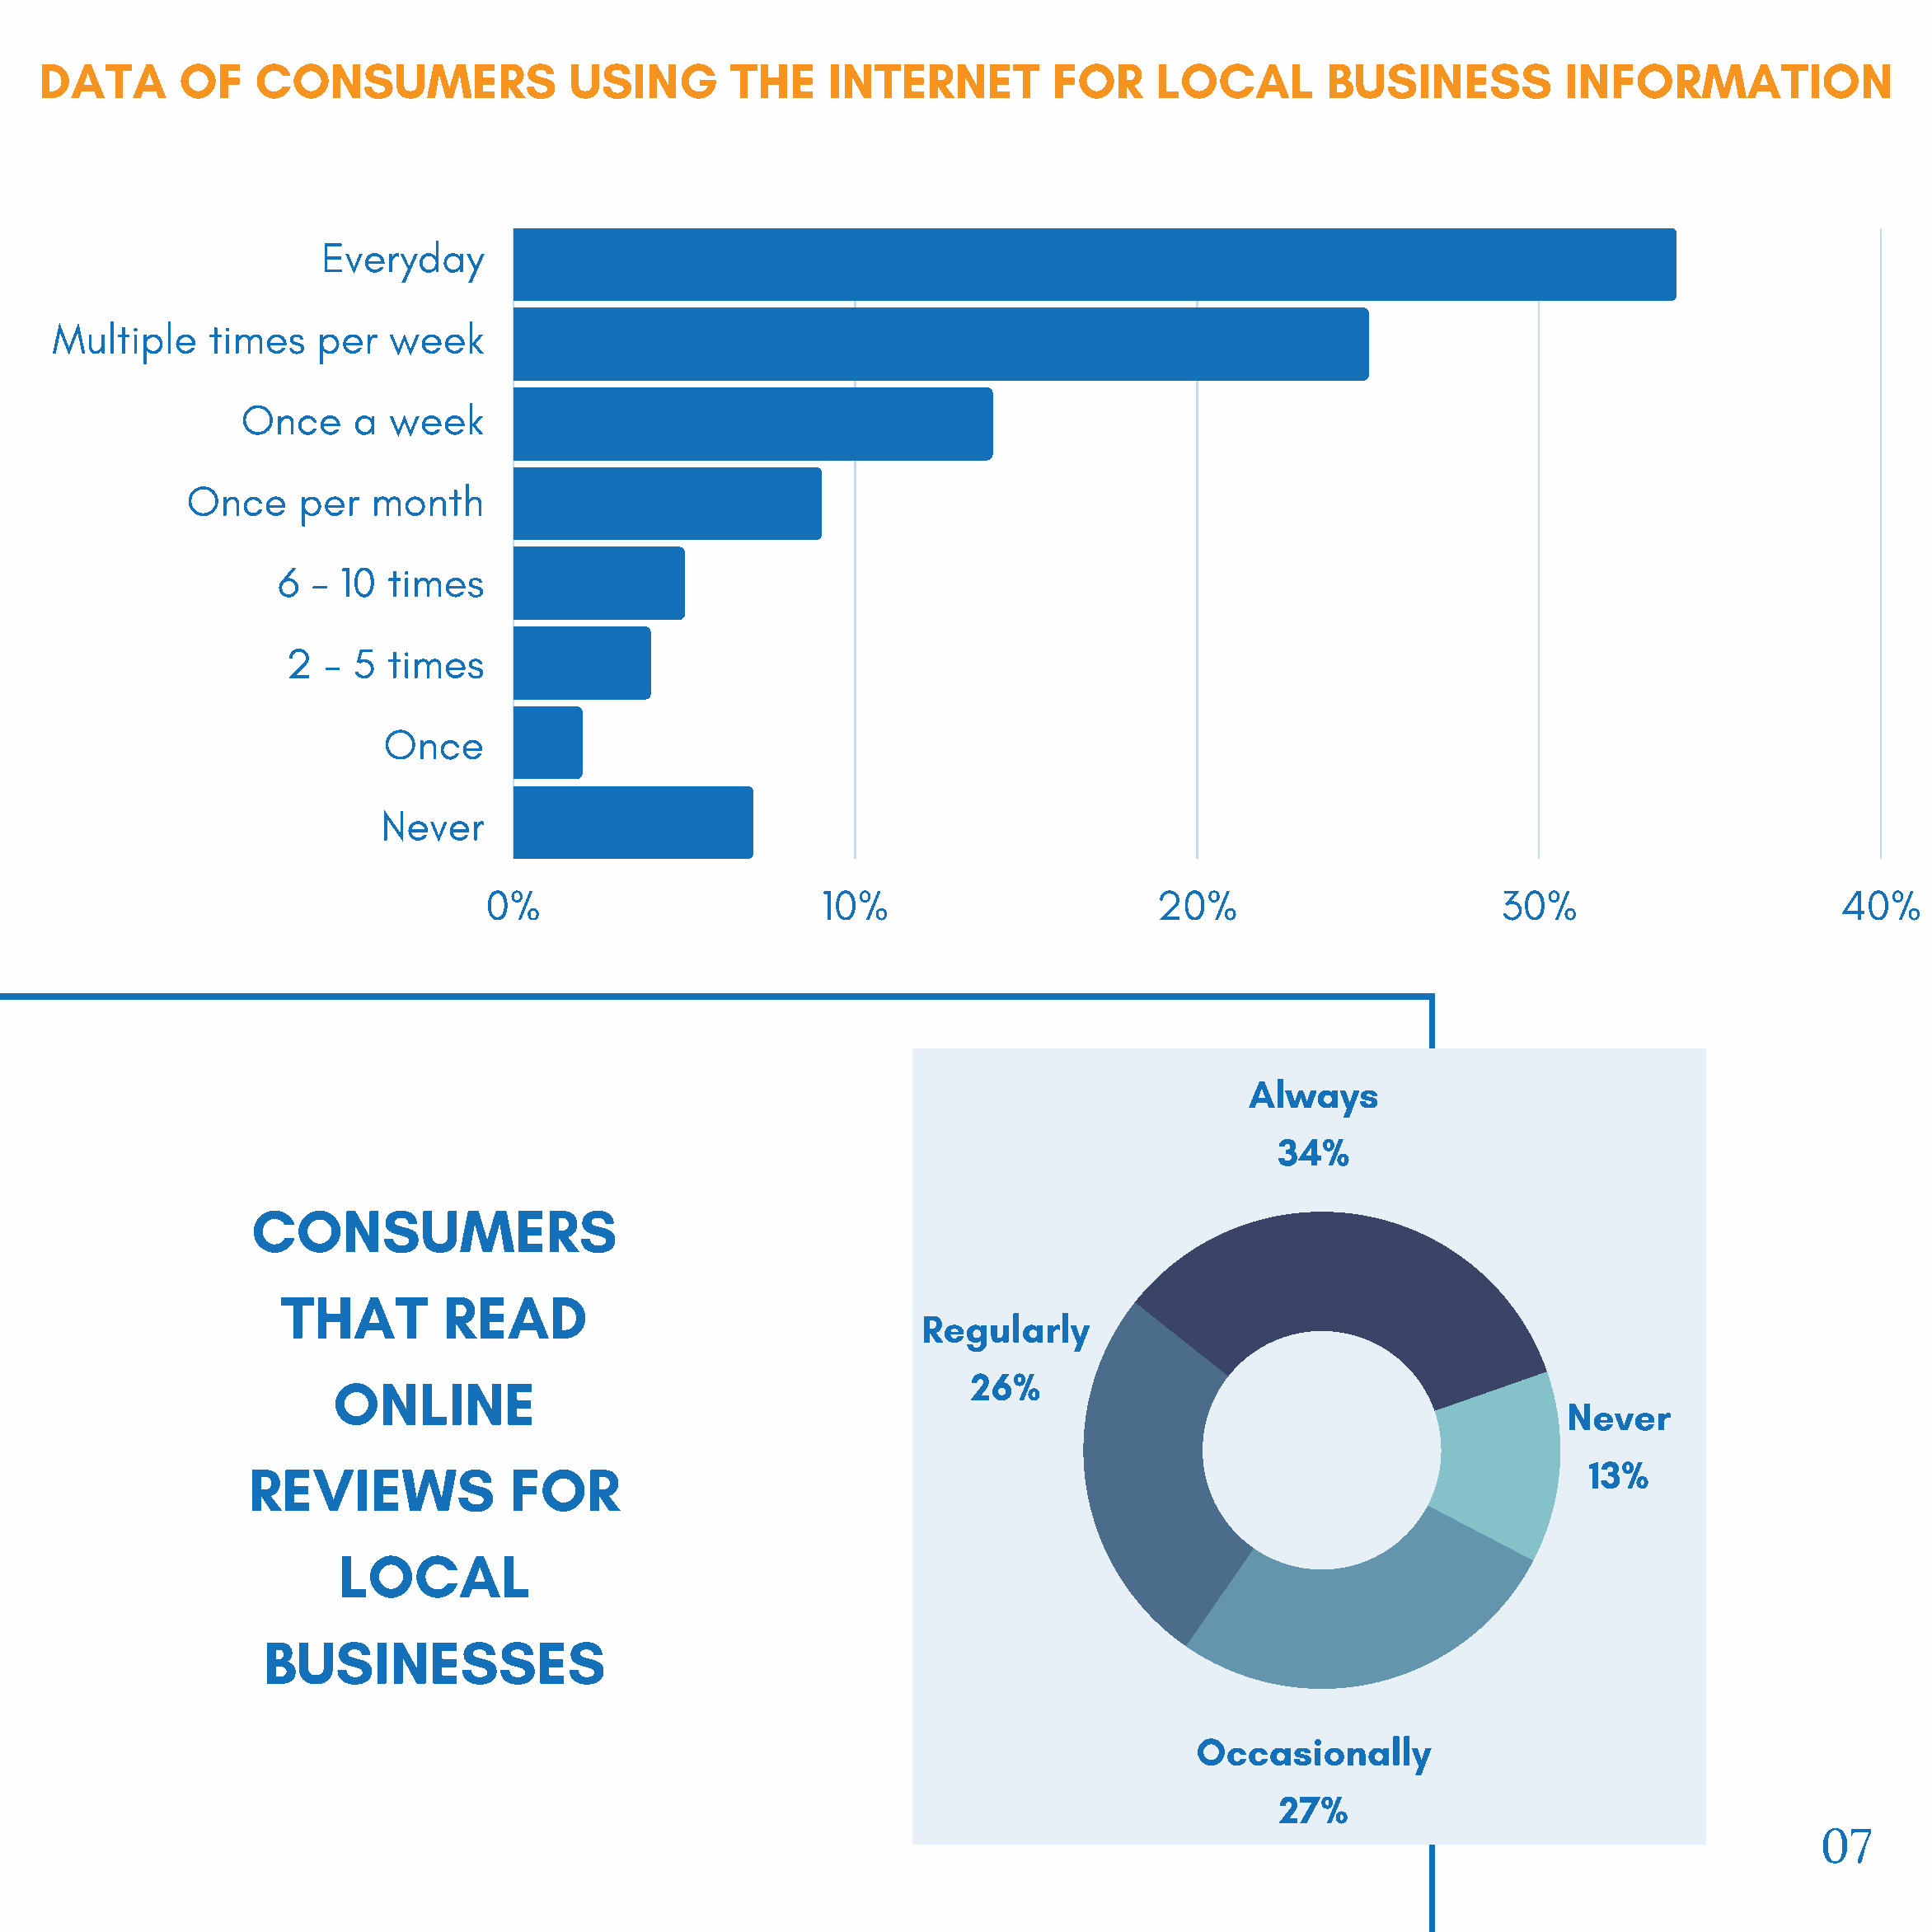
DATA       OF    CONSUMERS                 USING        THE     INTERNET          FOR     LOCAL         BUSINESS           INFORMATION
 Everyday
 Everyday
 Multiple     times   per   week
 Multiple     time   per   week
 OOnnccee aa wweeeekk
 OOnnccee ppeerr mmoonntthh
 66 -- 1100 ttiimmeess
 22 -- 55 ttiimmeess
 OOnnccee
 NNeevveerr
 0%                         10%                        20%                         30%                        40%
 Always
 34%
 CONSUMERS
 THAT         READ
 Regularly
 ONLINE                                             26%
 Never
 REVIEWS              FOR                                                                                    13%
 LOCAL
 BUSINESSES
 Occasionally
 27%
 07